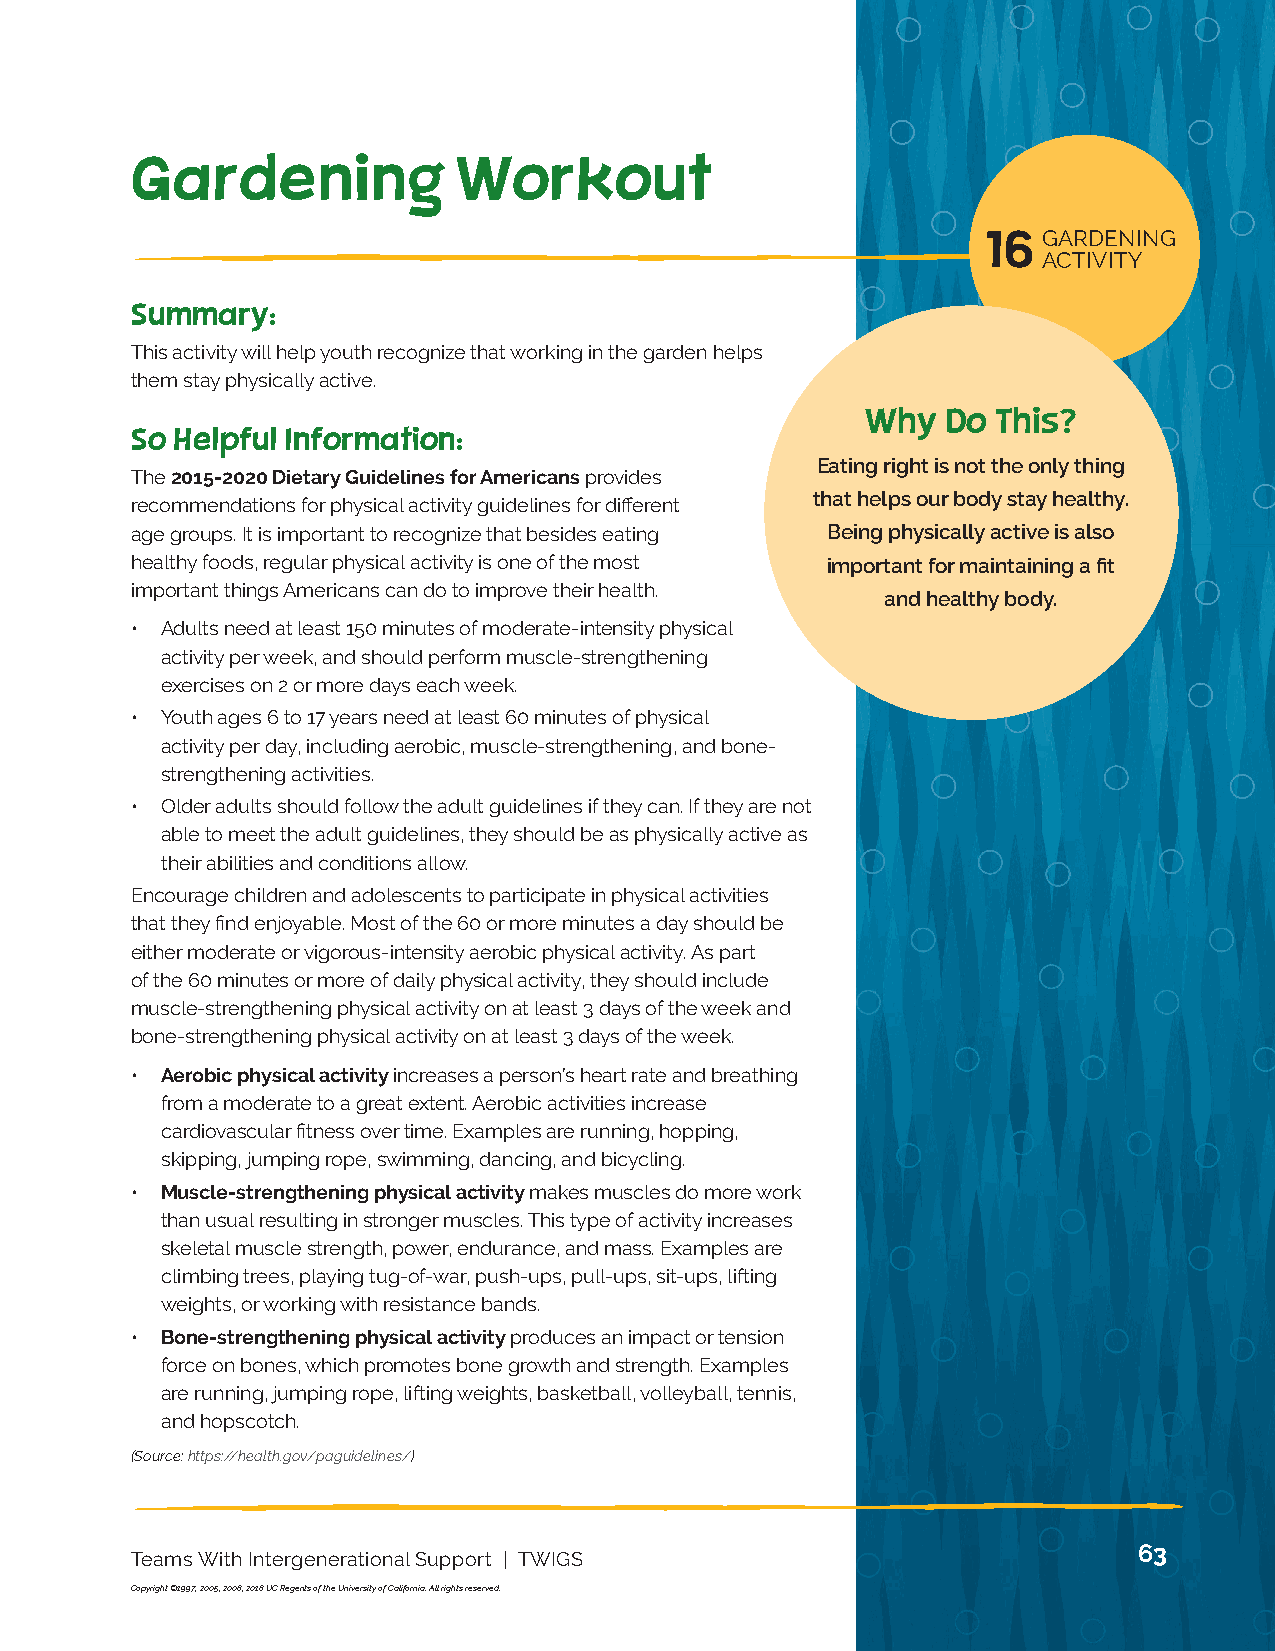
NUTRITION 13
 ACTIVITY
 Gardening            Workout
 16  GARDENING
 ACTIVITY
 Summary:
 This activity will help youth recognize that working in the garden helps
 them stay physically active.
 Why   Do This?
 So Helpful Information:
 Eating right is not the only thing
 The 2015-2020 Dietary Guidelines for Americans provides
 that helps our body stay healthy.
 recommendations for physical activity guidelines for different
 age groups. It is important to recognize that besides eating Being physically active is also
 healthy foods, regular physical activity is one of the most important for maintaining a fit
 important things Americans can do to improve their health.
 and healthy body.
 • Adults need at least 150 minutes of moderate-intensity physical
 activity per week, and should perform muscle-strengthening
 exercises on 2 or more days each week.
 • Youth ages 6 to 17 years need at least 60 minutes of physical
 activity per day, including aerobic, muscle-strengthening, and bone-
 strengthening activities.
 • Older adults should follow the adult guidelines if they can. If they are not
 able to meet the adult guidelines, they should be as physically active as
 their abilities and conditions allow.
 Encourage children and adolescents to participate in physical activities
 that they find enjoyable. Most of the 60 or more minutes a day should be
 either moderate or vigorous-intensity aerobic physical activity. As part
 of the 60 minutes or more of daily physical activity, they should include
 muscle-strengthening physical activity on at least 3 days of the week and
 bone-strengthening physical activity on at least 3 days of the week.
 • Aerobic physical activity increases a person’s heart rate and breathing
 from a moderate to a great extent. Aerobic activities increase
 cardiovascular fitness over time. Examples are running, hopping,
 skipping, jumping rope, swimming, dancing, and bicycling.
 • Muscle-strengthening physical activity makes muscles do more work
 than usual resulting in stronger muscles. This type of activity increases
 skeletal muscle strength, power, endurance, and mass. Examples are
 climbing trees, playing tug-of-war, push-ups, pull-ups, sit-ups, lifting
 weights, or working with resistance bands.
 • Bone-strengthening physical activity produces an impact or tension
 force on bones, which promotes bone growth and strength. Examples
 are running, jumping rope, lifting weights, basketball, volleyball, tennis,
 and hopscotch.
 (Source: https://health.gov/paguidelines/)
 63
 Teams With Intergenerational Support | TWIGS
 Copyright ©1997, 2005, 2008, 2018 UC Regents of the University of California. All rights reserved.